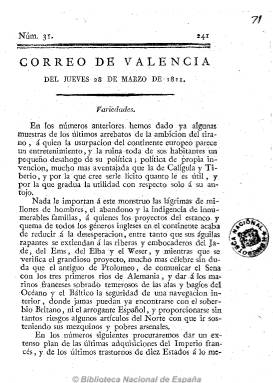
Título: Correo de Valencia (Valencia. 1810)
Colección: Periódicos anteriores a 1850
Ámbito geográfico: Valencia
Lugar de publicación: Valencia
Fechas: 28/03/1811-28/03/1811

Periódico que comienza a publicarse el martes, 11 de diciembre de 1810, y que se presenta como defensor de la libertad de expresión para “alzar la voz contra la tiranía”, “desterrar la injusticia de los privilegios arbitrarios” y “ante la indolente estupidez de un Príncipe insensible y déspota” y “de un favorito avaro y altanero”, por lo que su ideario político es antiabsolutista, además de patriótico, en una Valencia que no llegaría a ser ocupada por el ejército francés hasta enero de 1812. Aunque su intención era salir tres días a la semana (lunes, miércoles y viernes), lo hará solo lunes y jueves, en entregas de ocho páginas, compuestas a una columna y en 4º. Secuenciado y datado, su foliación será continuada, y suma un total de 63 números y 544 páginas, cuando el 5 de agosto de 1811 anuncie su suspensión, debido quizá a algún enfrentamiento con la Junta de Censura local.

Se trata de una publicación prácticamente desconocida, de la que no dio noticia ni Tramoyeres Blasco (1880), ni Gómez Ímaz (1910 y 2008), ni Luis del Arco (1914) y de la que Gil Novales (2009) da cuenta solo de una decena de números, incluido el número 31, de 28 de marzo de 1811 (el único que forma parte de la Hemeroteca Digital de la BNE), pero su colección completa (con algún suplemento) está depositada en la Universidad de Valencia y puede consultarse microfilmada en la BNE.

Es una publicación con la estructura formal de los periódicos de la época, con artículos, noticias, disposiciones normativas de las juntas, de Fernando VII o de los mandos militares españoles, extractos de las sesiones de las Cortes gaditanas, correspondencia y, al final, algún anuncio de bibliografía. Sus contenidos versan sobre los acontecimientos de la guerra napoleónica, tanto en la península ibérica como en el resto de Europa. Tiene, entre otras, las secciones de Noticias extranjeras, Noticias nacionales, Política y Variedades, pero esta última es una especie de editorial. Publica extractos de otros periódicos españoles y europeos, tanto de noticias como de artículos de fondo o doctrinales. Sus textos prácticamente no van firmados, aunque uno de los que envían artículos de carácter sarcástico para su publicación utiliza el seudónimo El Loco; reproduce el titulado Advertencias políticas y militares de un buen patriota, que B.R. Godinez había publicado previamente en el Diario mercantil de Cádiz, y ofrece una Lista de caballeros anti-españoles del Rey intruso.

Salió de la imprenta de José Estévan, que la tenía “enfrente del horno de los Salicofres”, y uno de los artículos que apareció en su número de 21 de diciembre de 1810, fue estampado también en folleto y mandado recoger este por contener “doctrinas heréticas, impías, sediciosas, perjudiciales a la Religión y al Estado”, y cuya autoría se ha atribuido al religioso, después secularizado, Servando Teresa Mier (Juan Antonio Alejandre García, 2004).